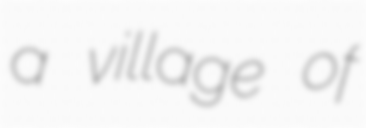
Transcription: a village of